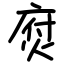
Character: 焤